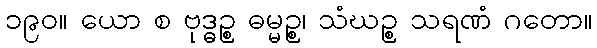
၁၉၀။ ယော စ ဗုဒ္ဓဉ္စ ဓမ္မဉ္စ၊ သံဃဉ္စ သရဏံ ဂတော။